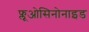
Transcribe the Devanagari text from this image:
फ्लूओसिनोनाइड